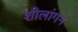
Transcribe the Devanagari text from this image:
शीलांगन